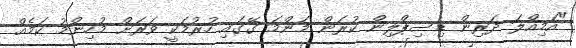
"އަމިއްލަ ދަރިން ޑިސިޕްލިން ކުރަން މަންމަ ގޭގައި ހުރުމަކީ ވަރަށް މުހިންމު ކަމެއް